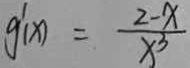
g ^ { \prime } ( x ) = \frac { 2 - x } { x ^ { 3 } }